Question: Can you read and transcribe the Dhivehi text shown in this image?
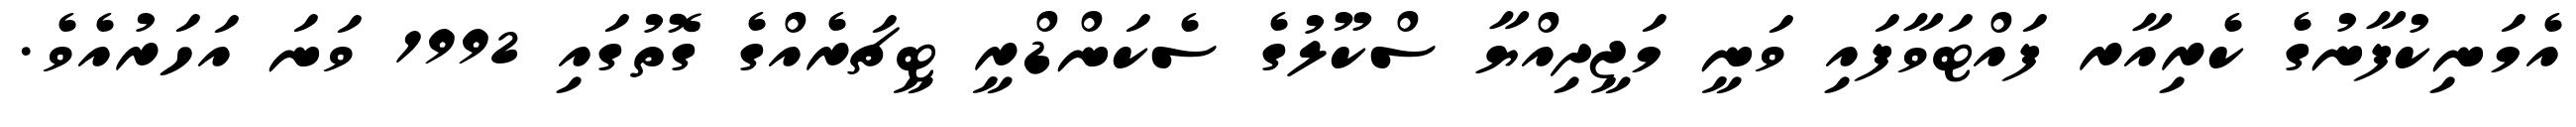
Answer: އެމަނިކުފާނުގެ ކެރިއާރ ފައްޓަވާފައި ވަނީ މަޖީދިއްޔާ ސްކޫލުގެ ސެކަންޑްރީ ޓީޗަރެއްގެ ގޮތުގައި 1992 ވަނަ އަހަރުއެވެ.